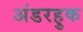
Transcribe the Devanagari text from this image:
अंडरहुक